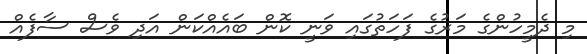
މި ދެމީހުންގެ މަރުގެ ފަހަތުގައި ވަނީ ކޮން ބައެއްކަން އަދި ވެސް ސާފެއް